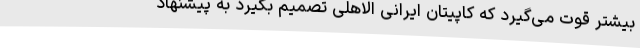
بیشتر قوت می‌گیرد که کاپیتان ایرانی الاهلی تصمیم بگیرد به پیشنهاد